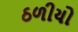
ઠળીયો